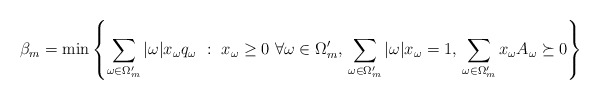
\begin{align*} \beta_m &= \min \left\{\sum_{\omega \in \Omega_m'} |\omega| x_{\omega}q_{\omega} \, \,:\, \, x_{\omega} \geq 0 \,\, \forall \omega \in \Omega_m', \,\sum_{\omega \in \Omega_m'} |\omega| x_{\omega}= 1, \, \sum_{\omega \in \Omega_m'} x_{\omega} A_{\omega} \succeq 0 \right\}\end{align*}